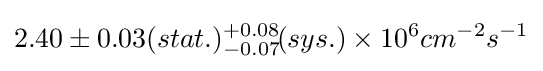
2.40\pm 0.03(stat.){}_{-0.07}^{+0.08}\!(sys.)\times 10^{6}cm^{-2}s^{-1}